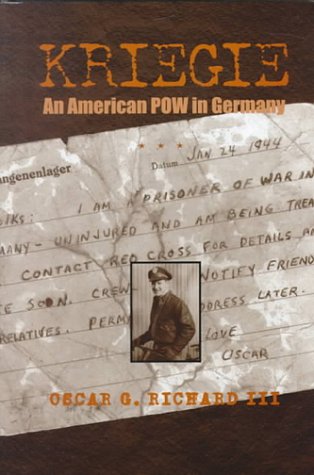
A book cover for Kriegie: An American POW in Germany; Oscar G., III Richard; History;